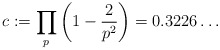
\begin{align*} c := \prod_p \left(1 - \frac{2}{p^2}\right) = 0.3226\dots\end{align*}